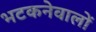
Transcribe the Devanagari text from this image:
भटकनेवालों